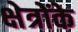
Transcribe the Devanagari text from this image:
क्षेत्रोंके